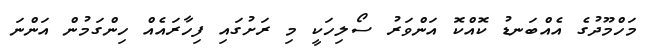
މަހްމޫދުގެ އެއްބަނޑު ކޮއްކޮ އަންވަރު ސޯލިހަކީ މި ރަށުގައި ފިހާރައެއް ހިންގަމުން އަންނަ